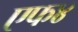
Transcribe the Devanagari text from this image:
एफ४